Scottish Leaving Certificate Examination, 1957
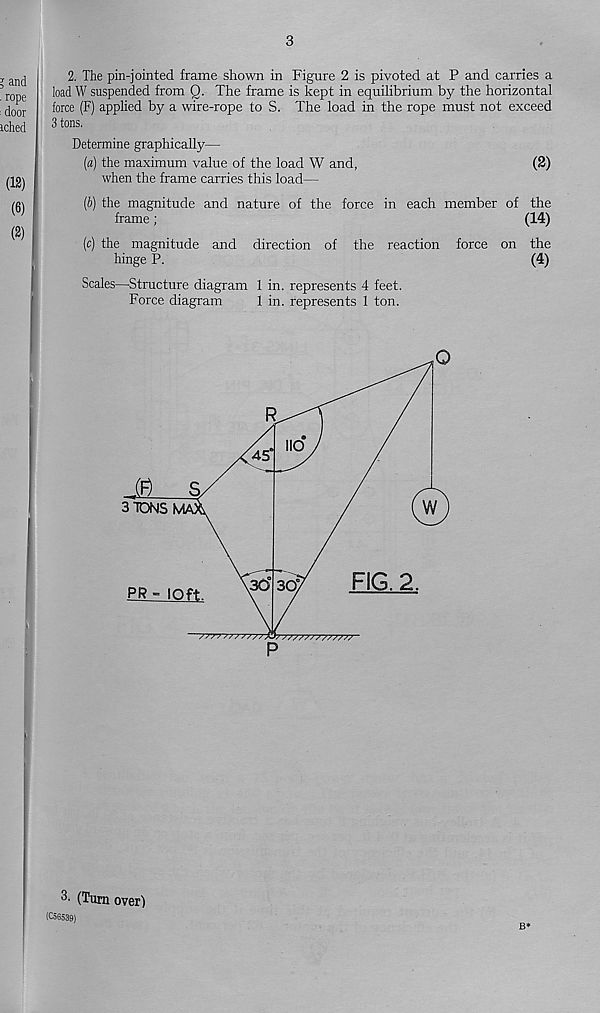
3
2. The pin-jointed frame shown in Figure 2 is pivoted at P and carries a
load W suspended from Q. The frame is kept in equilibrium by the horizontal
force (F) applied by a wire-rope to S. The load in the rope must not exceed
3 tons.
Determine graphically—
(а) the maximum value of the load W and,
(2)
when the frame carries this load—
(б) the magnitude and nature of the force in each member of the
frame;
(14)
(c) the magnitude and direction of the reaction force on the
hinge P.
(4)
Scales—Structure diagram 1 in. represents 4 feet.
Force diagram
1 in. represents 1 ton.
i
3' (Turn over)
(C56539)